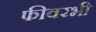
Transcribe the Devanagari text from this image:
फीवरभी